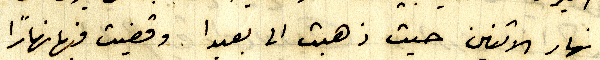
نهار الاثنين حيث ذهبت الى بعبدا . وقضيت فيها نهاراً